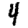
Digit: 4